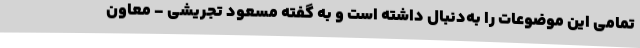
تمامی این موضوعات را به‌دنبال داشته است و به گفته مسعود تجریشی - معاون